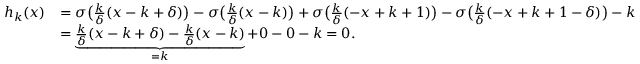
\begin{array} { r l } { h _ { k } ( x ) } & { = \sigma \big ( \frac { k } { \delta } ( x - k + \delta ) \big ) - \sigma \big ( \frac { k } { \delta } ( x - k ) \big ) + \sigma \big ( \frac { k } { \delta } ( - x + k + 1 ) \big ) - \sigma \big ( \frac { k } { \delta } ( - x + k + 1 - \delta ) \big ) - k } \\ & { = \underbrace { \frac { k } { \delta } ( x - k + \delta ) - \frac { k } { \delta } ( x - k ) } _ { = k } + 0 - 0 - k = 0 . } \end{array}